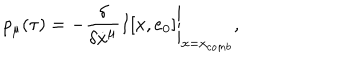
LaTeX: p _ { \mu } ( \tau ) = - \left. \frac { \delta } { \delta \dot { x } ^ { \mu } } I [ x , e _ { 0 } ] \right\vert _ { x = x _ { c o m b } } ,